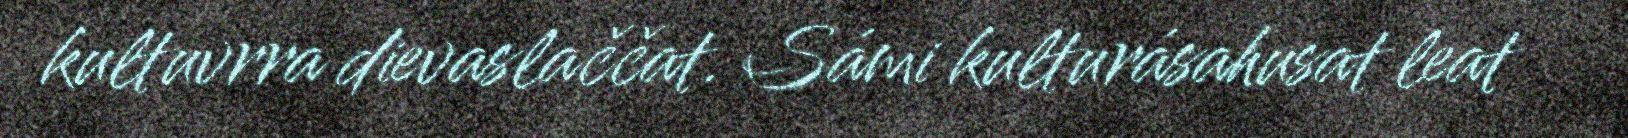
kultuvrra dievaslaččat. Sámi kulturásahusat leat